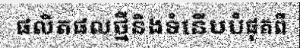
ផលិតផលថ្មីនិងទំនើបបំផុតពី